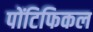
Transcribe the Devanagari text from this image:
पोंटिफिकल